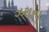
ઝરાના